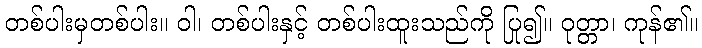
တစ်ပါးမှတစ်ပါး။ ဝါ၊ တစ်ပါးနှင့် တစ်ပါးထူးသည်ကို ပြု၍။ ဝုတ္တာ၊ ကုန်၏။